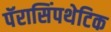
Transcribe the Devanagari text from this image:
पॅरासिंपथेटिक